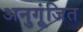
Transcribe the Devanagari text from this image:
अनुगूंजित